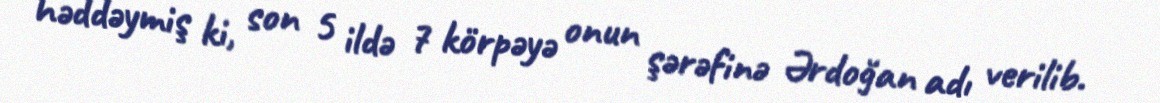
həddəymiş ki, son 5 ildə 7 körpəyə onun şərəfinə Ərdoğan adı verilib.